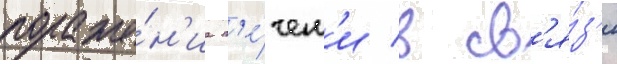
пораже́н'иа п'е́чен'и в св'я́з'и